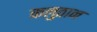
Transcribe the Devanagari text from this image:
कलुठान